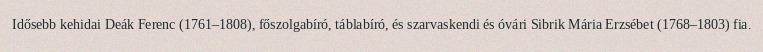
Idősebb kehidai Deák Ferenc (1761–1808), főszolgabíró, táblabíró, és szarvaskendi és óvári Sibrik Mária Erzsébet (1768–1803) fia.